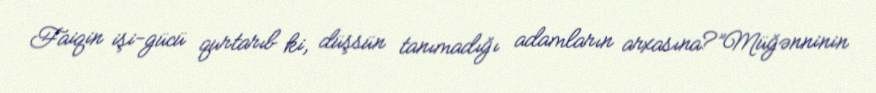
Faiqin işi-gücü qurtarıb ki, düşsün tanımadığı adamların arxasına?”Müğənninin